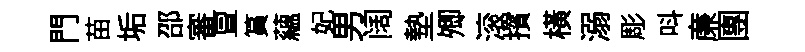
門苗垢邵審亶篔蘊妃男阔墊𡖖滚擯橫溺彫呌亷團